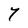
Character: Y